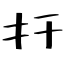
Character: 扞